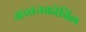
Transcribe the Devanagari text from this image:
अच्चनकोविल